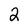
Character: 2